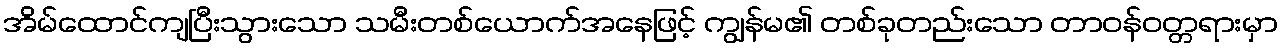
အိမ်ထောင်ကျပြီးသွားသော သမီးတစ်ယောက်အနေဖြင့် ကျွန်မ၏ တစ်ခုတည်းသော တာဝန်ဝတ္တရားမှာ